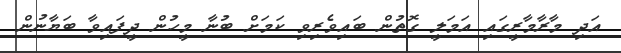
އަދި މާރާމާރީގައި އަމަލީ ގޮތުން ބައިވެރިވި ކަމަށް ބުނާ މީހުން ދީފައިވާ ބަޔާނުން